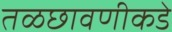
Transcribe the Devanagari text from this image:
तळछावणीकडे